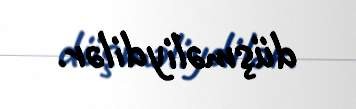
düşməliydilər.